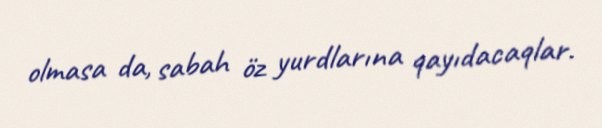
olmasa da, sabah öz yurdlarına qayıdacaqlar.